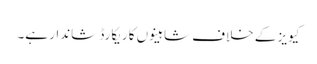
کیویز کے خلاف شاہینوں کا ریکارڈ شاندار ہے۔